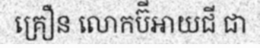
គ្រឿន លោកប៊ីអាយជី ជា